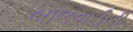
બાલવાડીની